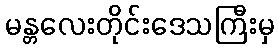
မန္တလေးတိုင်းဒေသကြီးမှ